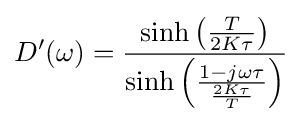
{D}'(\omega )={\frac {\sinh \left({\frac {T}{2K\tau }}\right)}{\sinh \left({\frac {1-j\omega \tau }{\frac {2K\tau }{T}}}\right)}}